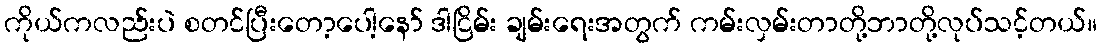
ကိုယ်ကလည်းပဲ စတင်ပြီးတော့ပေါ့နော် ဒါငြိမ်း ချမ်းရေးအတွက် ကမ်းလှမ်းတာတို့ဘာတို့လုပ်သင့်တယ်။